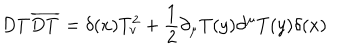
D T \overline { { { D T } } } = \delta ( x ) T _ { v } ^ { 2 } + \frac { 1 } { 2 } \partial _ { \mu } T ( y ) \partial ^ { \mu } T ( y ) \delta ( x )